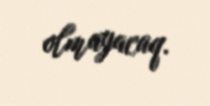
olmayacaq.